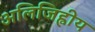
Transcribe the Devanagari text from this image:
अलिजिह्वीय